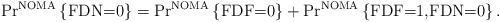
LaTeX: \begin{align*}&\textrm{Pr}^{\textrm{NOMA}}\left\lbrace \textrm{FDN=0} \right\rbrace =\textrm{Pr}^{\textrm{NOMA}}\left\lbrace \textrm{FDF=0} \right\rbrace+\textrm{Pr}^{\textrm{NOMA}}\left\lbrace \textrm{FDF=1,FDN=0} \right\rbrace.\end{align*}